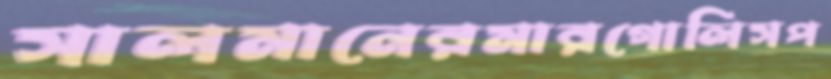
সালমানেরমারগোলিসপ